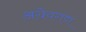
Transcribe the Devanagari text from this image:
अग्रेयगण